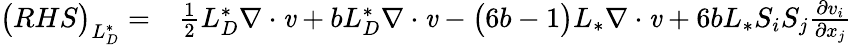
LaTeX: \begin{array}{rl}{\big(RHS\big)_{L_{D}^{*}}=}&{{}\frac{1}{2}{L_{D}^{*}}\mathbf{\nabla}\cdot\textbf{\emph{v}}+b{L_{D}^{*}}\mathbf{\nabla}\cdot\textbf{\emph{v}}-\big(6b-1\big){L_{*}}\mathbf{\nabla}\cdot\textbf{\emph{v}}+6b{L_{*}}S_{i}S_{j}\frac{\partial v_{i}}{\partial x_{j}}}\end{array}